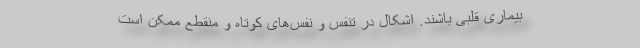
بیماری قلبی باشند. اشکال در تنفس و نفس‌های کوتاه و منقطع ممکن است